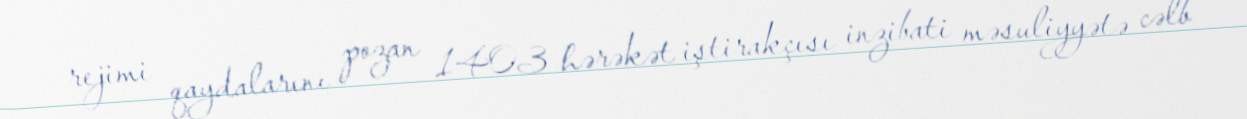
rejimi qaydalarını pozan 1403 hərəkət iştirakçısı inzibati məsuliyyətə cəlb